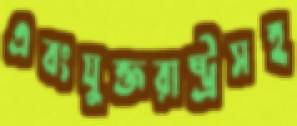
এবংযুক্তরাষ্ট্রসহ